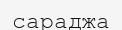
сараджа